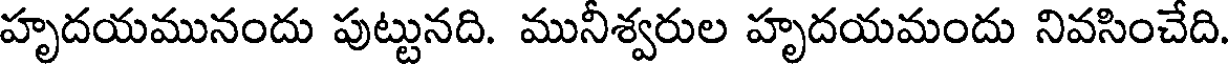
హృదయమునందు పుట్టునది. మునీశ్వరుల హృదయమందు నివసించేది